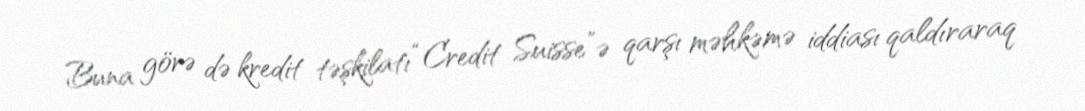
Buna görə də kredit təşkilatı “Credit Suisse”ə qarşı məhkəmə iddiası qaldıraraq